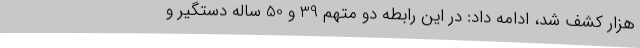
هزار کشف شد، ادامه داد: در این رابطه دو متهم 39 و 50 ساله دستگیر و